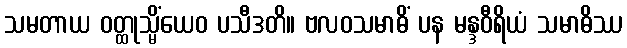
သမတာယ ဝတ္ထုသ္မိံယေဝ ပသီဒတိ။ ဗလဝသမာဓိံ ပန မန္ဒဝီရိယံ သမာဓိဿ